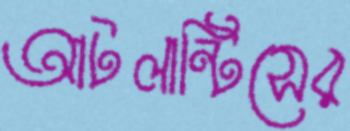
আটলান্টিসের